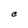
Character: C